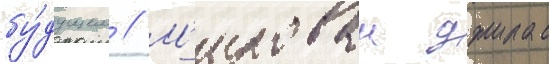
бу́дущем // М'илован джилас